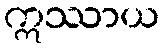
ဣဿာယ